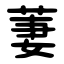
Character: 萋